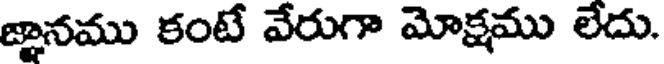
జ్ఞానము కంటే వేరుగా మోక్షము లేదు.